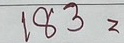
183 =